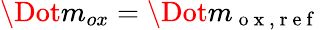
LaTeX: \Dot{m}_{ox}=\Dot{m}_{\mathrm{~o~x~,~r~e~f~}}